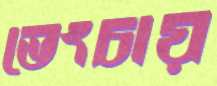
ভেংচায়